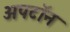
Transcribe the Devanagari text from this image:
अपटॉन